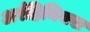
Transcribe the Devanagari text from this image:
अर्रहिनियस